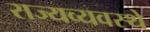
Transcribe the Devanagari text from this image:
राज्यव्यवस्थे